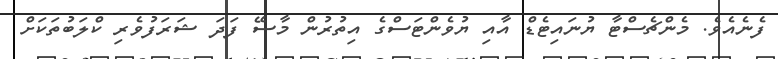
ފެނެއެވެ. މެންޗެސްޓާ ޔުނައިޓެޑް އާއި ޔުވެންޓަސްގެ އިތުރުން މާސޭ ފަދަ ޝަރަފުވެރި ކްލަބުތަކަށް